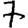
Digit: 7